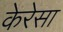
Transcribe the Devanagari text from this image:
केरेसा